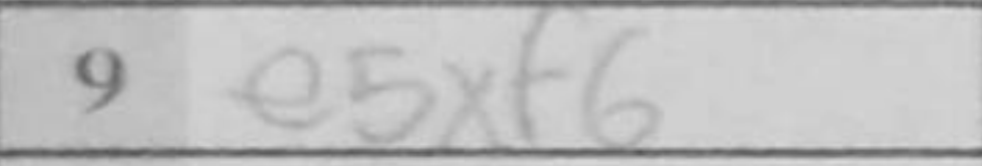
Transcription: e5xf6